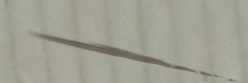
الكمية محدودة